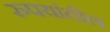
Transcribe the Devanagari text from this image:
रुपयांतील